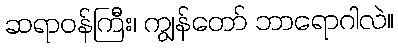
ဆရာဝန်ကြီး၊ ကျွန်တော် ဘာရောဂါလဲ။